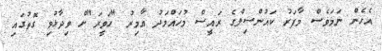
އެހެން ނަމަވެސް މާފަރު ކައުންސިލްގެ ރައީސް މުހައްމަދު އާމިރު "ހަވީރަ"ށް ވިދާޅުވި ގޮތުގައި